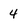
Character: 4